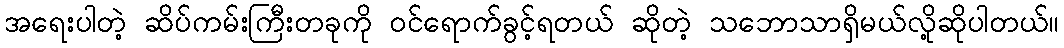
အရေးပါတဲ့ ဆိပ်ကမ်းကြီးတခုကို ဝင်ရောက်ခွင့်ရတယ် ဆိုတဲ့ သဘောသာရှိမယ်လို့ဆိုပါတယ်။